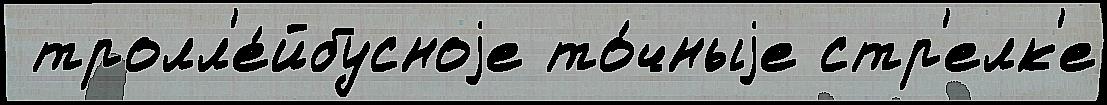
 тролл'е́йбусноjе то́чныjе стр'елк'е